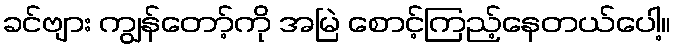
ခင်ဗျား ကျွန်တော့်ကို အမြဲ စောင့်ကြည့်နေတယ်ပေါ့။